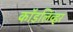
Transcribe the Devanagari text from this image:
कॉडलिव्हर